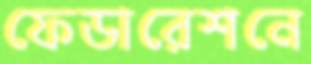
ফেডারেশনে